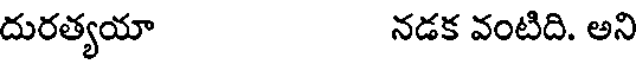
దురత్యయా నడక వంటిది. అని